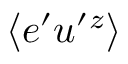
\langle { e ^ { \prime } u ^ { \prime } { } ^ { z } } \rangle